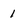
Character: 1